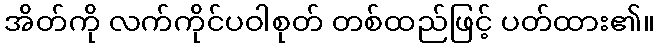
အိတ်ကို လက်ကိုင်ပဝါစုတ် တစ်ထည်ဖြင့် ပတ်ထား၏။